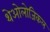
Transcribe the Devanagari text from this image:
थेओलोजिकल